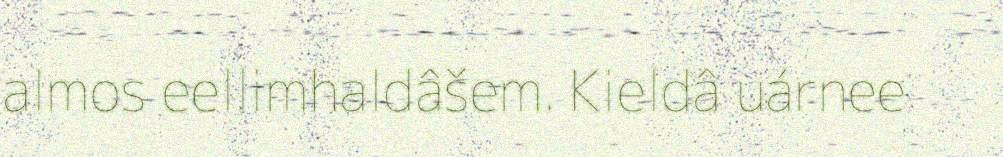
almos eellimhaldâšem. Kieldâ uárnee